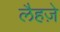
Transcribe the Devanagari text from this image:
लैहज़े